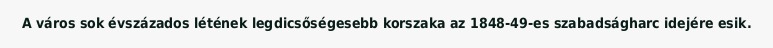
A város sok évszázados létének legdicsőségesebb korszaka az 1848-49-es szabadságharc idejére esik.